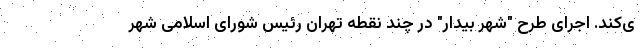
ی‌کند. اجرای طرح "شهر بیدار" در چند نقطه تهران رئیس شورای اسلامی شهر